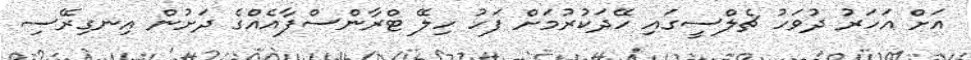
އަށް އަހަރު ދުވަހު ޗެލްސީގައި ހޭދަކުރުމަށް ފަހު ހިލޭ ޓްރާންސްފާއެއްގެ ދަށުން އިނގިރޭސި